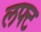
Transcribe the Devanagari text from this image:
लफ्ट